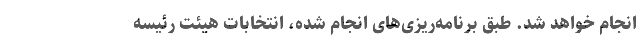
انجام خواهد شد. طبق برنامه‌ریزی‌های انجام شده، انتخابات هیئت رئیسه